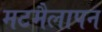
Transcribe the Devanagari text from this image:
मटमैलापन